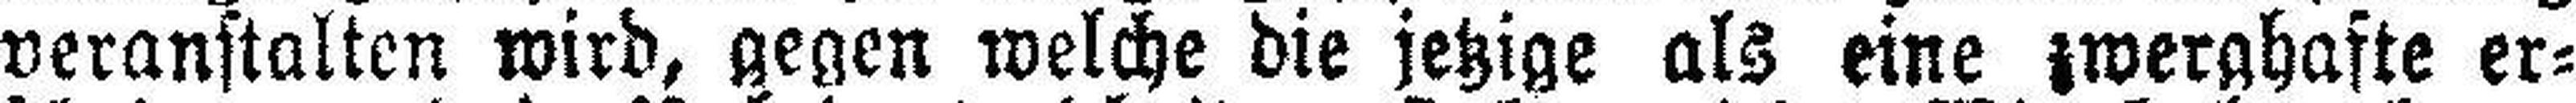
veranstalten wird, gegen welche die jetzige als eine zwerghafte er¬